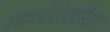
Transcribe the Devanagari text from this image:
नाणेफेकीचा